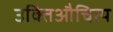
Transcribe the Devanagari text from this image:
उक्तिऔचित्य